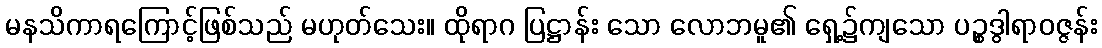
မနသိကာရကြောင့်ဖြစ်သည် မဟုတ်သေး။ ထိုရာဂ ပြဋ္ဌာန်း သော လောဘမူ၏ ရှေ့၌ကျသော ပဉ္စဒွါရာဝဇ္ဇန်း